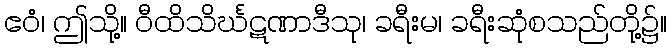
ဧဝံ၊ ဤသို့။ ဝီထိသိင်္ဃဋဏာဒီသု၊ ခရီးမ၊ ခရီးဆုံစသည်တို့၌။